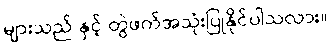
များသည် နှင့် တွဲဖက်အသုံးပြုနိုင်ပါသလား။